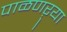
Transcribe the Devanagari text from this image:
पाळणऱ्या